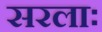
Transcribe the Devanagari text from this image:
सरलाः